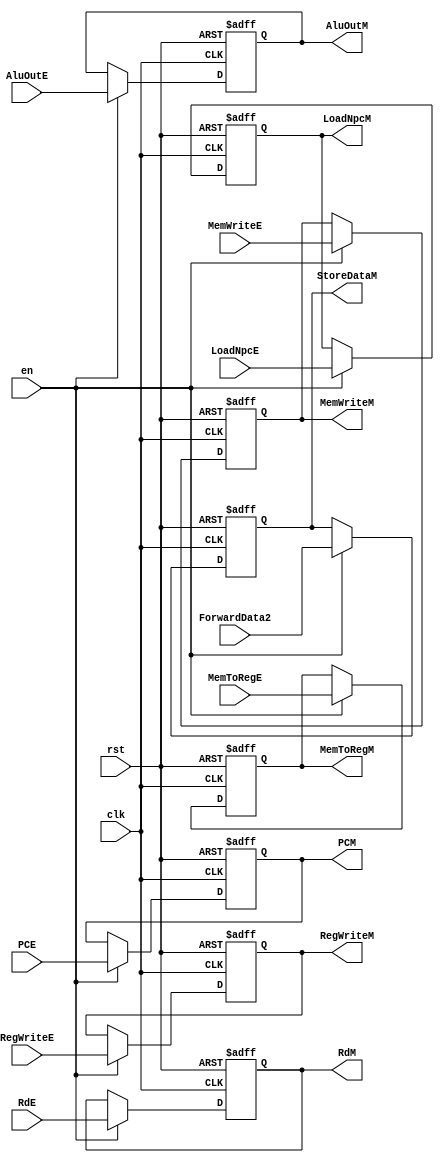
//MEMSegRegAlu
module MEMSegReg(
    input wire clk,
    input wire rst,
    input wire en,
    //
    input wire [31:0] AluOutE,
    output reg [31:0] AluOutM, 
    input wire [31:0] ForwardData2,
    output reg [31:0] StoreDataM, 
    input wire [4:0] RdE,
    output reg [4:0] RdM,
    input wire [31:0] PCE,
    output reg [31:0] PCM,
    //
    input wire [2:0] RegWriteE,
    output reg [2:0] RegWriteM,
    input wire MemToRegE,
    output reg MemToRegM,
    input wire [3:0] MemWriteE,
    output reg [3:0] MemWriteM,
    input wire LoadNpcE,
    output reg LoadNpcM
    );
    //
    always@(posedge clk or posedge rst)
    begin
        if(rst)
        begin
            AluOutM<=32'b0;
            StoreDataM<=32'b0;
            RdM<=5'b0;
            PCM<=32'b0;
            RegWriteM<=1'b0;
            MemToRegM<=1'b0;
            MemWriteM<=1'b0;
            LoadNpcM<=1'b0;   
        end
        else if(en)
        begin
        //
            AluOutM<=AluOutE;
            StoreDataM<=ForwardData2;
            RdM<=RdE;
            PCM<=PCE;
            RegWriteM<=RegWriteE;
            MemToRegM<=MemToRegE;
            MemWriteM<=MemWriteE;
            LoadNpcM<=LoadNpcE;
        end
    end
    
endmodule